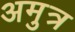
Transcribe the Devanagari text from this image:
अमुत्र